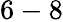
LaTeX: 6-8